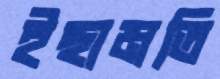
ইছামতি